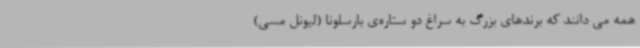
همه می دانند که برندهای بزرگ به سراغ دو ستاره‌ی بارسلونا (لیونل مسی)